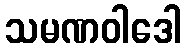
သမဏဝါဒေါ